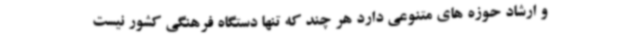
و ارشاد حوزه های متنوعی دارد هر چند که تنها دستگاه فرهنگی کشور نیست